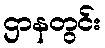
ဌာနတွင်း